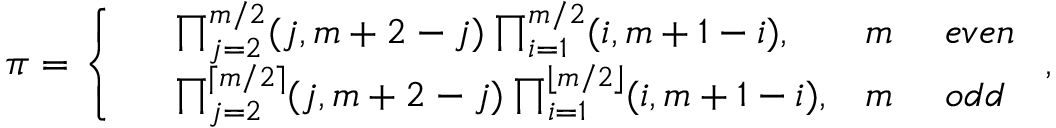
\pi = \left\{ \begin{array} { r l r l } & { \prod _ { j = 2 } ^ { m / 2 } ( j , m + 2 - j ) \prod _ { i = 1 } ^ { m / 2 } ( i , m + 1 - i ) , } & { m } & { ~ e v e n } \\ & { \prod _ { j = 2 } ^ { \lceil m / 2 \rceil } ( j , m + 2 - j ) \prod _ { i = 1 } ^ { \lfloor m / 2 \rfloor } ( i , m + 1 - i ) , } & { m } & { ~ o d d } \end{array} \right. ,